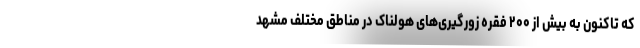
که تاکنون به بیش از ۲۰۰ فقره زورگیری‌های هولناک در مناطق مختلف مشهد